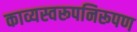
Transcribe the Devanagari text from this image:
काव्यस्वरूपनिरूपण